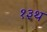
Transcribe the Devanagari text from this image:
१३थ